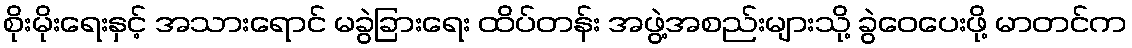
စိုးမိုးရေးနှင့် အသားရောင် မခွဲခြားရေး ထိပ်တန်း အဖွဲ့အစည်းများသို့ ခွဲဝေပေးဖို့ မာတင်က